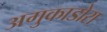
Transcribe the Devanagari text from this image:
अगुकाडोरा